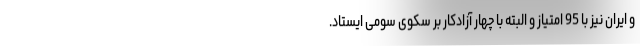
و ایران نیز با 95 امتیاز و البته با چهار آزادکار بر سکوی سومی ایستاد.